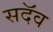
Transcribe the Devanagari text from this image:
सदॅव